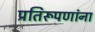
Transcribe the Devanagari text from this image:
प्रतिरूपणांना